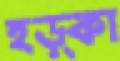
হড়্‌কা